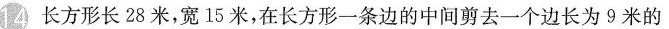
14 长方形长28米，宽15米，在长方形一条边的中间剪去一个边长为9米的